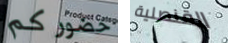
حضوركم القنصلية